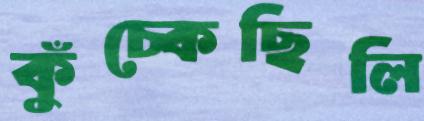
কুঁচ্‌কেছিলি